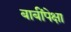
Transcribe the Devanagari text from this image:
बाबींपेक्षा